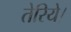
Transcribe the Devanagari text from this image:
तेरिये।